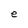
Character: e